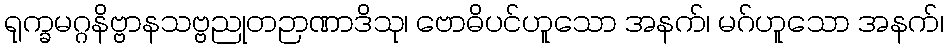
ရုက္ခမဂ္ဂနိဗ္ဗာနသဗ္ဗညုတဉာဏာဒိသု၊ ဗောဓိပင်ဟူသော အနက်၊ မဂ်ဟူသော အနက်၊